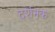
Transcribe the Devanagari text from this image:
दर्शनक